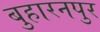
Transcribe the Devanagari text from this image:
बुहारनपुर